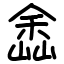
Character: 嵞